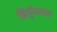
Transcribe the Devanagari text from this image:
निर्गुणाच्या